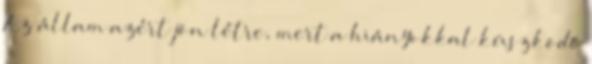
Az állam azért jön létre, mert a hiányokkal küszködő